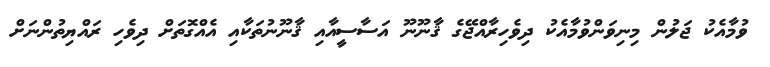
ވުމާއެކު ޖަލުން މިނިވަންވުމާއެކު ދިވެހިރާއްޖޭގެ ޤާނޫނޫ އަސާސީއާއި ޤާނޫނުތަކާއި އެއްގޮތަށް ދިވެހި ރައްޔިތުންނަށް